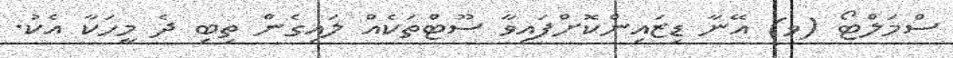
ސްމަލްޓޯ (ވ) އޭނާ ޑިޒައިންކޮށްފައިވާ ސޫޓްތަކެއް ލައިގެން ތިބި ދެ މީހަކާ އެކު.